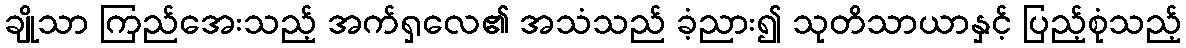
ချိုသာ ကြည်အေးသည့် အက်ရှလေ၏ အသံသည် ခံ့ညား၍ သုတိသာယာနှင့် ပြည့်စုံသည့်